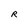
Character: R